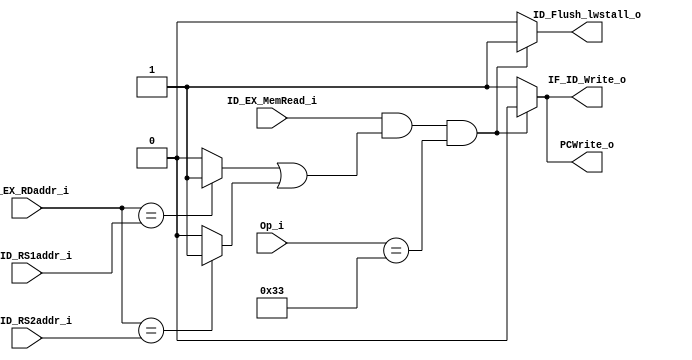
module Hazard_Detection_Unit
(
    Op_i,
    ID_EX_MemRead_i,
    IF_ID_RS1addr_i,
    IF_ID_RS2addr_i,
    ID_EX_RDaddr_i,
    PCWrite_o,
    IF_ID_Write_o,
    ID_Flush_lwstall_o
);

// Interface
input   [6:0]   Op_i;
input   ID_EX_MemRead_i;
input   [4:0]   IF_ID_RS1addr_i;
input   [4:0]   IF_ID_RS2addr_i;
input   [4:0]   ID_EX_RDaddr_i;
output reg  PCWrite_o;
output reg  IF_ID_Write_o;
output reg  ID_Flush_lwstall_o;

// Detection unit
wire    equal_Rs1;
wire    equal_Rs2;
assign equal_Rs1 = (ID_EX_RDaddr_i == IF_ID_RS1addr_i) ? 1 : 0;
assign equal_Rs2 = (ID_EX_RDaddr_i == IF_ID_RS2addr_i) ? 1 : 0;

always@(ID_EX_MemRead_i or equal_Rs1 or equal_Rs2) begin
    // Stall the pipeline and flush instruction in ID stage
    if (ID_EX_MemRead_i && (equal_Rs1 | equal_Rs2) && Op_i == 7'b0110011) begin
        PCWrite_o <= 0;
        IF_ID_Write_o <= 0;
        ID_Flush_lwstall_o <= 1;
    end else begin
        PCWrite_o <= 1;
        IF_ID_Write_o <= 1;
        ID_Flush_lwstall_o <= 0;
    end
end

endmodule